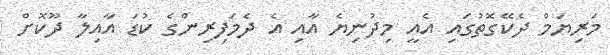
މަރިޔަމް ދެކޭގޮތުގައި އެއީ މިދުނިޔެ އާއި އެ ދެމަފިރިންގެ ކުޑަ އާއިލާ ދޫކޮށް